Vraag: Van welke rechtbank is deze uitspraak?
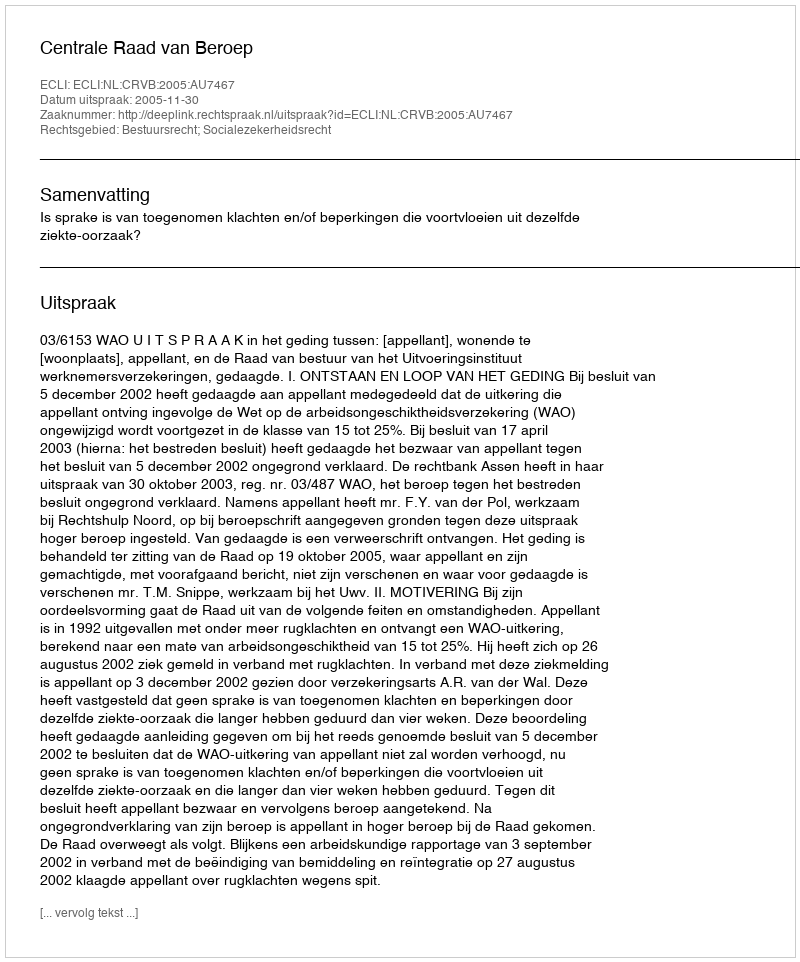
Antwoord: Centrale Raad van Beroep